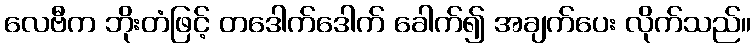
လေဗီက ဘိုးတံဖြင့် တဒေါက်ဒေါက် ခေါက်၍ အချက်ပေး လိုက်သည်။